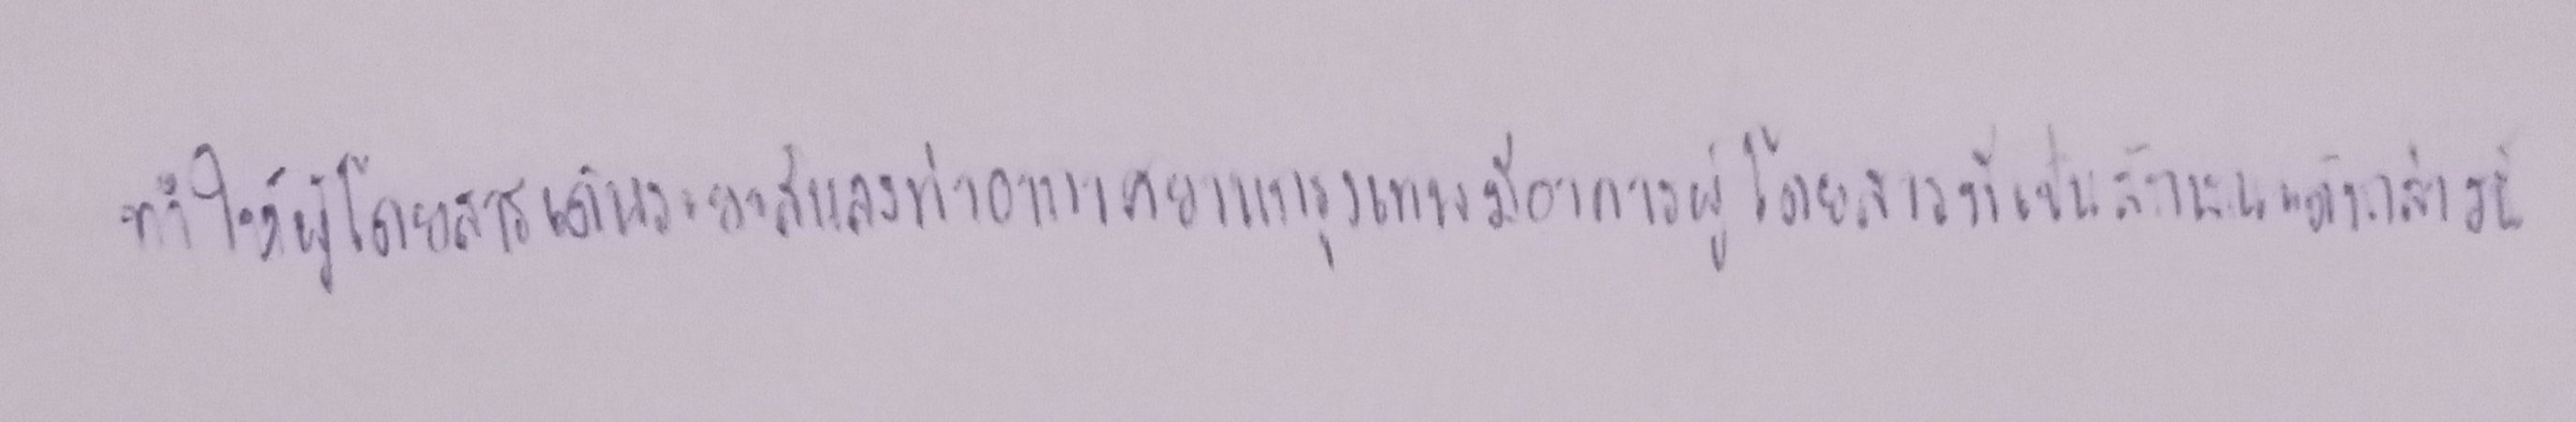
ทำให้ผู้โดยสารเดินระยะสั้นลงท่าอากาศยานกรุงเทพมีอาคารผู้โดยสารที่เป็นลักษณะดังกล่าวนี้